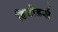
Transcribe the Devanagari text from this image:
डियोडर्स